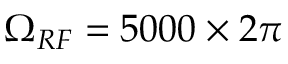
\Omega _ { R F } = 5 0 0 0 \times 2 \pi